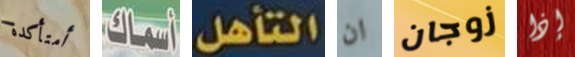
أمتأكدة أسماك التأهل ان زوجان إذا